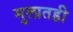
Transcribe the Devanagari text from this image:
मुलातही